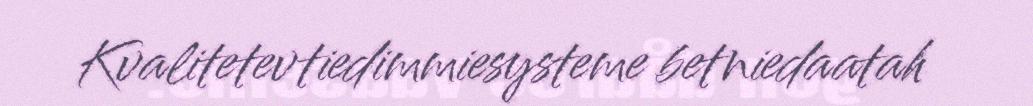
Kvalitetevtiedimmiesysteme betniedaatah